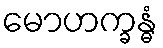
မောဟက္ခန္ဓံ